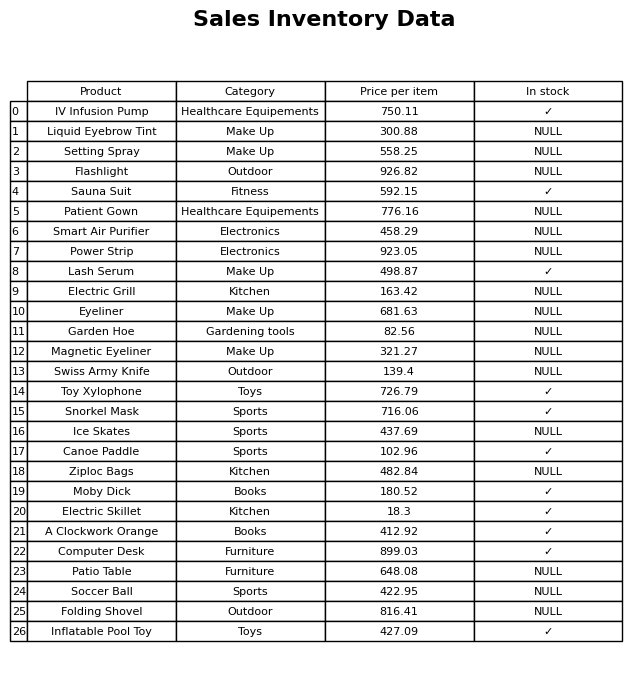
question: What is the price for Electric Skillet?
answer: The price of Electric Skillet is 18.3.